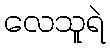
လေသူရဲ